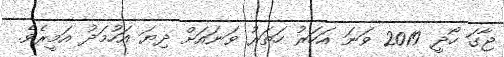
ޖާގަ ހޯދީ 2019 ވަނަ އަހަރު ހަތަރު ވަނައަށް ދިޔަ އަހުމަދު އަމީރެވެ.